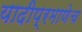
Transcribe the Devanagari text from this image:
यादीप्रमाणेच